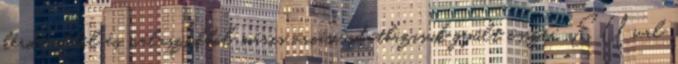
kérdésekbôl és válaszokból máris óriási adatbázisuk gyûlt össze: EUval